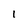
Character: I